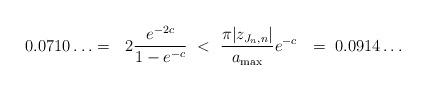
LaTeX: \begin{align*}0.0710\ldots = ~~2 \frac{e^{-2 c}}{1 - e^{-c}} ~<~\frac{\pi |z_{J_n , n}|}{a_{\max}} e^{-c}~~=~ 0.0914\ldots\end{align*}